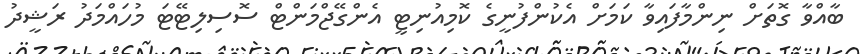
ބާއްވާ ގޮތަށް ނިންމާފައިވާ ކަމަށް އެކުންފުނީގެ ކޮމިއުނިޓީ އެންގޭޖްމަންޓް ސޮސިލިޓޭޓަ މުހައްމަދު ރަޝީދު